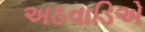
અઠવાડિએ